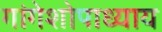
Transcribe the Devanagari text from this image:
गांगेशोपाध्याय